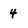
Character: 4